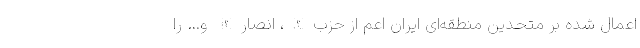
اعمال شده بر متحدین منطقه‌ای ایران اعم از حزب‌الله، انصارالله و… را